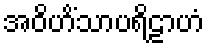
အဝိဟိံသာပရိဠာဟံ